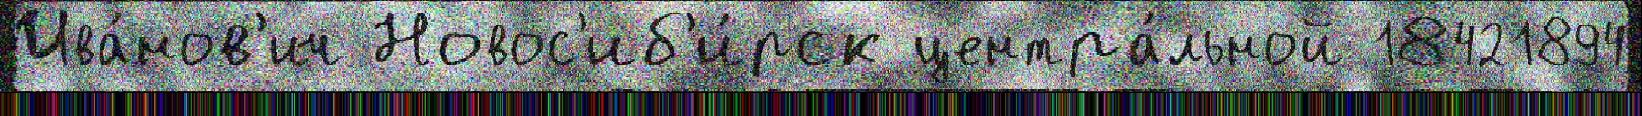
Ива́нов'ич Новос'иб'и́рск центра́льной 18421894